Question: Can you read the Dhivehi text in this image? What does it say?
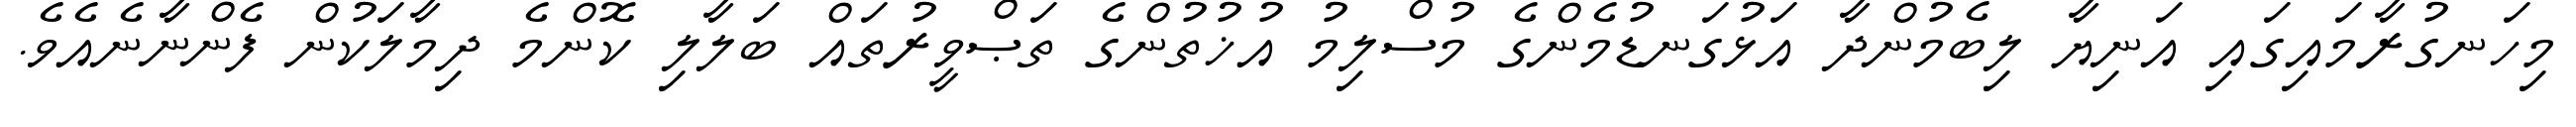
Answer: މިހަނގުރާމައިގައި އަނިޔާ ލިބެމުންދާ އަޅުގަނޑުމެންގެ މުސްލިމު އުޚުތުންގެ ތަޞްވީރުތައް ބަލާލި ކޮންމެ ދިމާލަކުން ފެންނާނެއެވެ.